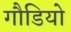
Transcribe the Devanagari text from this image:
गौडियो